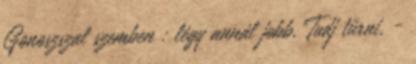
Gonoszszal szemben : légy annál jobb, Tudj tűrni, -